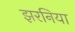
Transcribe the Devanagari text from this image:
झरनिया